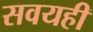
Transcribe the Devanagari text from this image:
सवयही